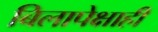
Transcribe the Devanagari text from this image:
बिलापेक्षाही